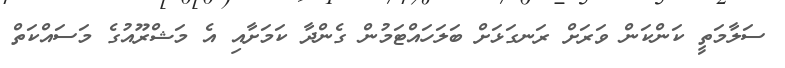
ސަލާމަތީ ކަންކަން ވަރަށް ރަނގަޅަށް ބަލަހައްޓަމުން ގެންދާ ކަމަށާއި އެ މަޝްރޫއުގެ މަސައްކަތް